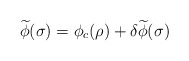
\begin{align*}\widetilde{\phi}(\sigma) = \phi_c(\rho) + \delta \widetilde{\phi}(\sigma) \end{align*}